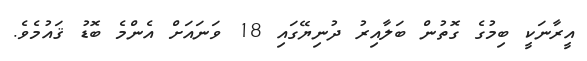
އީރާނަކީ ބިމުގެ ގޮތުން ބަލާއިރު ދުނިޔޭގައި 18 ވަނައަށް އެންމެ ބޮޑު ޤައުމެވެ.